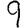
Digit: 9